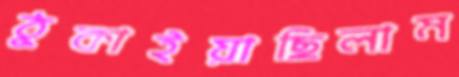
ঠুকাইয়াছিলাম